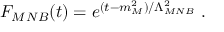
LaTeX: F _ { M N B } ( t ) = e ^ { ( t - m _ { M } ^ { 2 } ) / \Lambda _ { M N B } ^ { 2 } } \ .